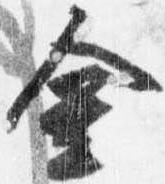
金